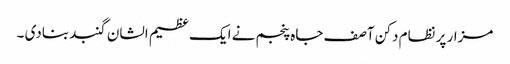
مزار پر نظام دکن آصف جاہ پنجم نے ایک عظیم الشان گنبد بنادی ۔